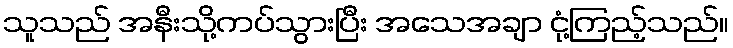
သူသည် အနီးသို့ကပ်သွားပြီး အသေအချာ ငုံ့ကြည့်သည်။